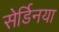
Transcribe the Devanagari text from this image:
सेर्डिनया